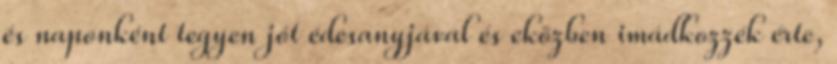
és naponként tegyen jót édesanyjával és eközben imádkozzék érte,